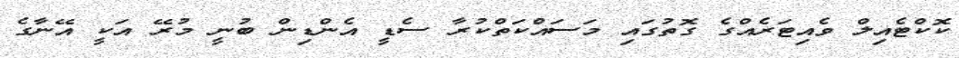
ކޮކްޓެއިލް ވެއިޓަރެއްގެ ގޮތުގައި މަސައްކަތްކުރާ ސެޑީ އެންޑިން ބުނީ މުރޭ އަކީ އޭނާގެ